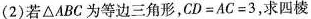
(2)若△ ABC为等边三角形，$$C D = A C = 3$$，求四棱